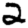
Digit: 2